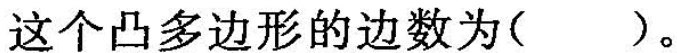
这个凸多边形的边数为( )。